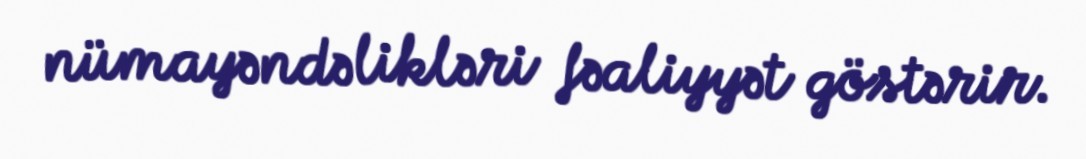
nümayəndəlikləri fəaliyyət göstərir.